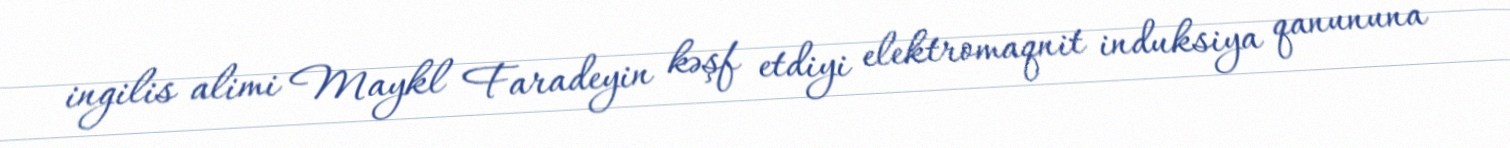
ingilis alimi Maykl Faradeyin kəşf etdiyi elektromaqnit induksiya qanununa